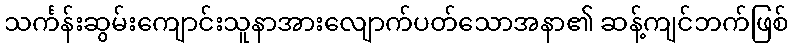
သင်္ကန်းဆွမ်းကျောင်းသူနာအားလျောက်ပတ်သောအနာ၏ ဆန့်ကျင်ဘက်ဖြစ်